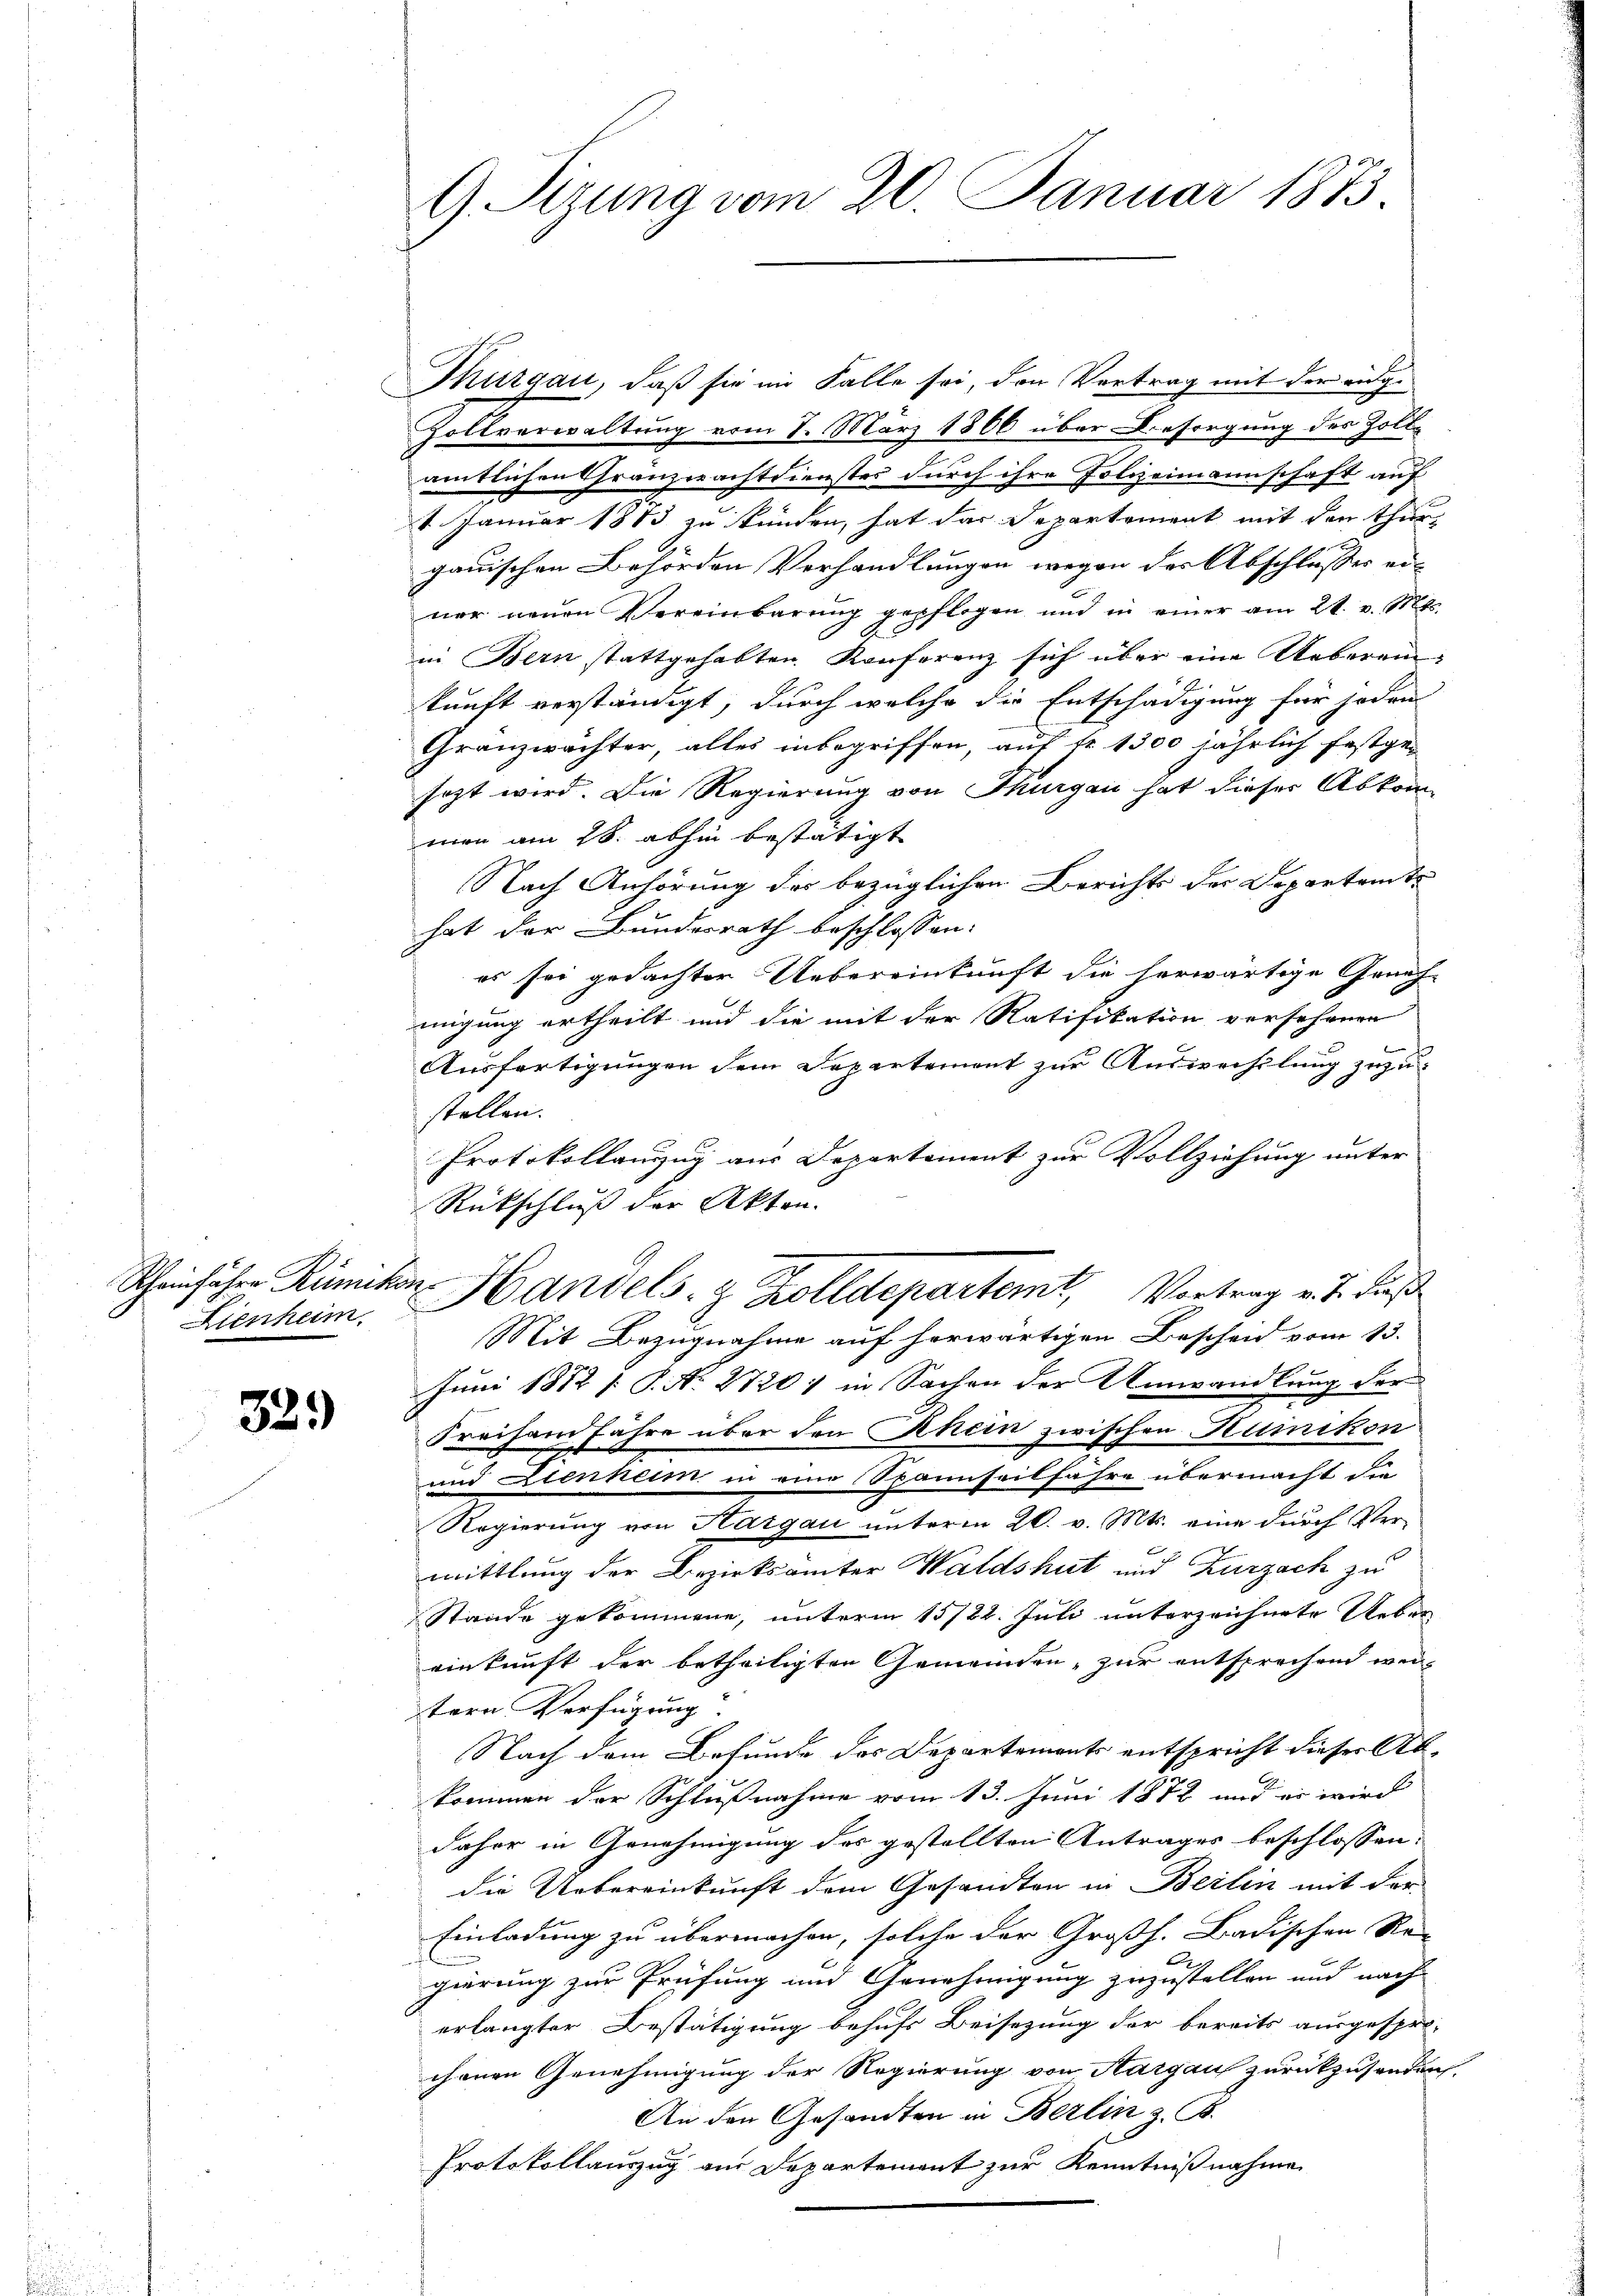
Lienheim.

329

Thurgau, daß sie im Falle sei, den Vertrag mit der eidge¬
Zollverwaltung vom 7. März 1806 über Besorgung des Zollamtlichen Gränzerachtdienstes durch ihre Polizeimannschaft auf
1. Januar 1873 zu kunden, hat das Departement mit den Thur-
gauischen Behörden Verhandlungen wegen der Abschlusser ei-
ner neuen Vereinbarung gepflogen und in einer am 21. v. Mts.
in Bern stattgehabten Konferenz sich über eine Uebereinkunft verständigt, durch welche die Entschädigung für jeden
Granzwächter, alles inbegriffen, auf fr. 1300 jährlich festge-
sezt wird. Die Regierung von Thurgau hat dieser Abkom-
men am 28. abhin bestätigt
Nach Anhörung der bezüglichen Berichts der Departamts
hat der Bundesrath beschlossen:
es sei gedachter Uebereinkunft die herwärtige Geneh-
migung ertheilt und die mit der Ratifikation versehenen
Ausfertigungen dem Departement zur Auswechslung zuzustellen.
Protokollanzug aus Departement zur Vollziehung unter
Rückschluß der Akten.
Mit Bezugnahme auf herwärtigen Beschen vom 13.
Juni 1882 [: P. Nr. 2720) in Sachen der Umwandlung der
Freiham Jahre über den Rhein zwischen Humikon
und Lienheim in eine Spannseilfahre übermacht die
Regierung von Hargau unterm 26. v. Mts. eine durch Vermittlung der Bezirksämter Waldshut und Zurzach zu
Stande gekommene, unterm 15/22. Juli unterzeichnete Ueber
einkunft der betheiligten Gemeinden - zur entsprechend weitern Verfügung
Nach dem Befunde des Departements entspricht dieser Abkommen der Schlußnahme vom 13. Juni 1872 und es wird
daher in Genehmigung des gestellten Antrages beschlossen:
die Uebereinkunft dem Gesandten in Beilen mit der
Einladung zu übermachen, solche der Großh. Badischen Re-
gierung zur Prüfung und Genehmigung zuzustellen und nach
erlangter Bestätigung behufs Beisezung der bereits ausgespro-
chenen Genehmigung der Regierung von Aargau zurückzusenden,
An den Gesandten in Berlin z. B.
Protokollauszug aus Departement zur Kenntnißnahme

G Sizung vom 20. Januar 1873.

Scheinfahre Rümikon Handels- & Zolldepartemt, Vortrag v. J. dies